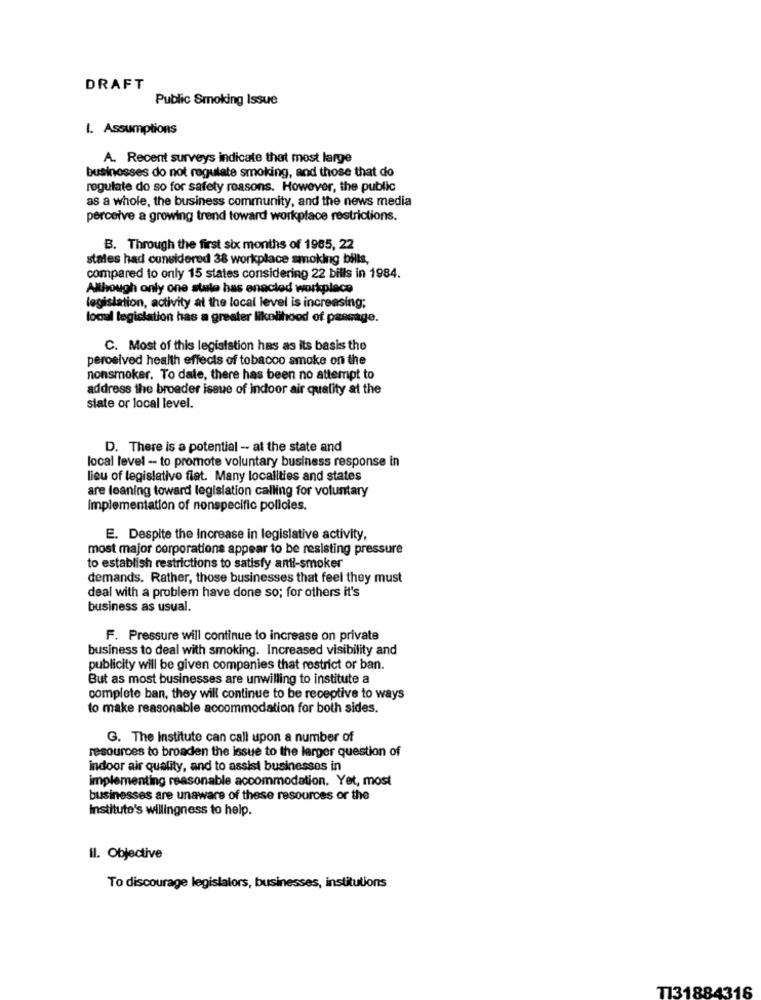
DRAFT
Public Smoking Issue
1. Assumptions
A. Recent surveys indicate that most large
businesses do not regulate smoking, and those that do
regulate do so for safety reasons. However, the public
as a whole, the business community, and the news media
perceive a growing trend toward workplace restrictions.
B. Through the first six months of 1985, 22
states had considered 38 workplace smoking bills,
compared to only 15 states considering 22 bills in 1984.
Although only one state has enaclod workplace
legislation, activity at the local level is increasing;
locual legislation has a greater likelihood of passage.
C. Most of this legislation has as its basis the
perosived health effects of tobacco smoke on the
nonsmoker. To date, there has been no attempt to
address the broader issue of indoor air quality at the
slate or local level.
D. There is a potential - at the state and
local level -- to promote voluntary business response in
lieu of legislativo fiat. Many localities and states
are leaning toward legislation calling for voluntary
Implementation of nonspecific polloles.
E. Despite the Increase in legislative activity,
most major corporations appear to be resisting pressure
to establish restrictions to satisfy anti-smoker
demands. Rather, those businesses that feel they must
deal with a problem have done so; for others it's
business as usual.
F. Pressure will continue to increase on private
business to deal with smoking. Increased visibility and
publicity will be given companies that restrict or ban.
But as most businesses are unwilling to institute a
complete ban, they will continue to be receptive to ways
to make reasonable accommodation for both sides.
G. The Institute can call upon a number of
resources to broaden the issue to the larger question of
indoor air quality, and to assist businesses in
implementing reasonable accommodation. Yet, most
businesses are unaware of these resources or the
Institute's willingness to help.
Il. Objective
To discourage legislators, businesses, institutions
TI31884316